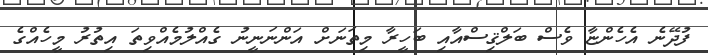
ފުދޭނެ އެހެންޏާ ވެސް ބަލްޤިސްއާއި ބަހީރާ މިތަނަށް އަންނަނީނު ގެއްލުމެއްވިތަ އިތުރު މީހެއްގެ